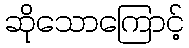
ဆိုသောကြောင့်